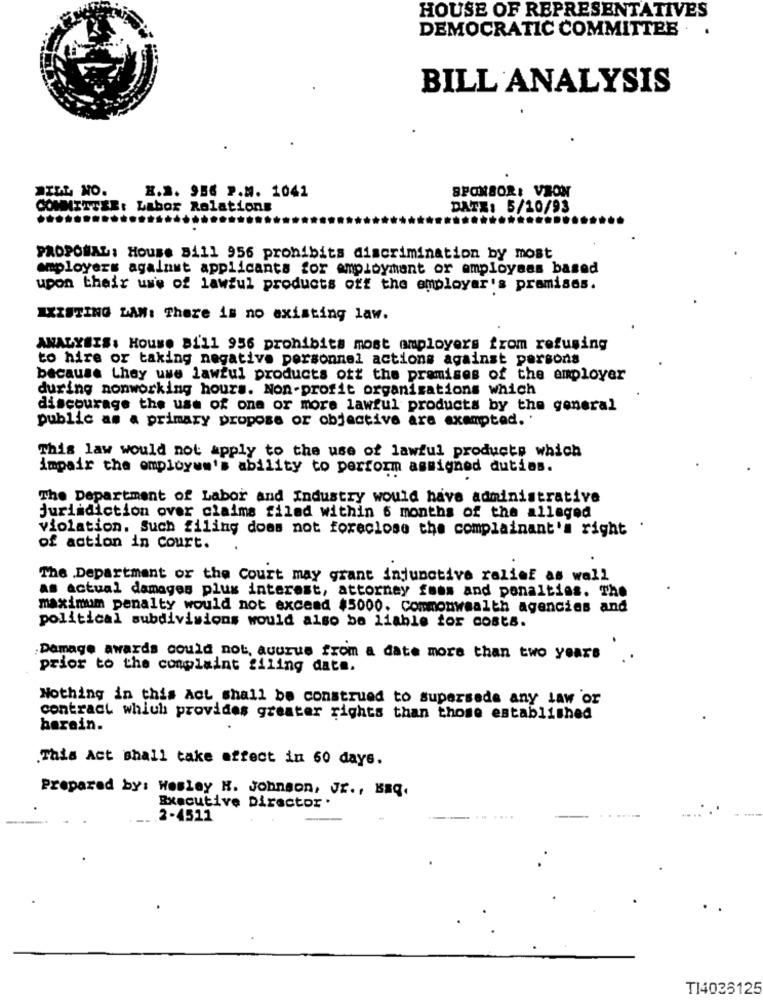
HOUSE OF REPRESENTATIVES
DEMOCRATIC COMMITTEE
.
BILL ANALYSIS
BILL NO.
SPONSOR: VION
H.S. 956 P.M. 1041
THESE: Labor Relations
DATE: 5/10/93
PROPONAL: House Bill 956 prohibits discrimination by most
employers against applicants for employment or employees based
upon their use of lawful products off the employer's premises.
EXISTING MAN: There is no existing law.
ANALYSIS: House Bi'll 956 prohibits most employers from refusing
to hire or taking negative personnel actions against persons
because they use lawful products ott the premises of the employer
during nonworking hours. Non-profit organizations which
discourage the use of one or more lawful products by the general
public as a primary propose or objective ara exemptad. '
This law would not apply to the use of lawful products which
impair the employee's ability to perform assigned duties.
The Department of Labor and Industry would have administrative
jurisdiction over claims filed within 6 months of the alleged
violation. Such filing does not foreclose the complainant's right
of action in Court.
The Department or the Court may grant injunctive relief as well
as actual damages plus interest, attorney fans and penalties. The
maximum penalty would not exceed $5000. Commonwealth agencies and
political subdivisions would also be liable for costs.
Damage awards could not, auurus from a date more than two years
prior to the complaint filing date.
Nothing in this Act shall be construed to supersede any law or
contract which provides greater rights than those established
barain.
.This Act shall take affect in 60 days.
Prepared by: Wesley H. Johnson, Jr ., BEq.
Executive Director .
.2-4511
TI4036125